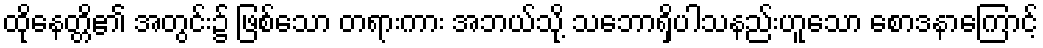
ထိုနေတ္တိ၏ အတွင်း၌ ဖြစ်သော တရားကား အဘယ်သို့ သဘောရှိပါသနည်းဟူသော စောဒနာကြောင့်